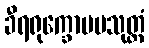
ခီရရုက္ခောပမသုတ္တံ